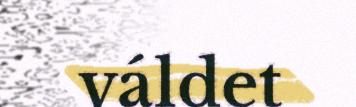
váldet